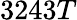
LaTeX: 3243T